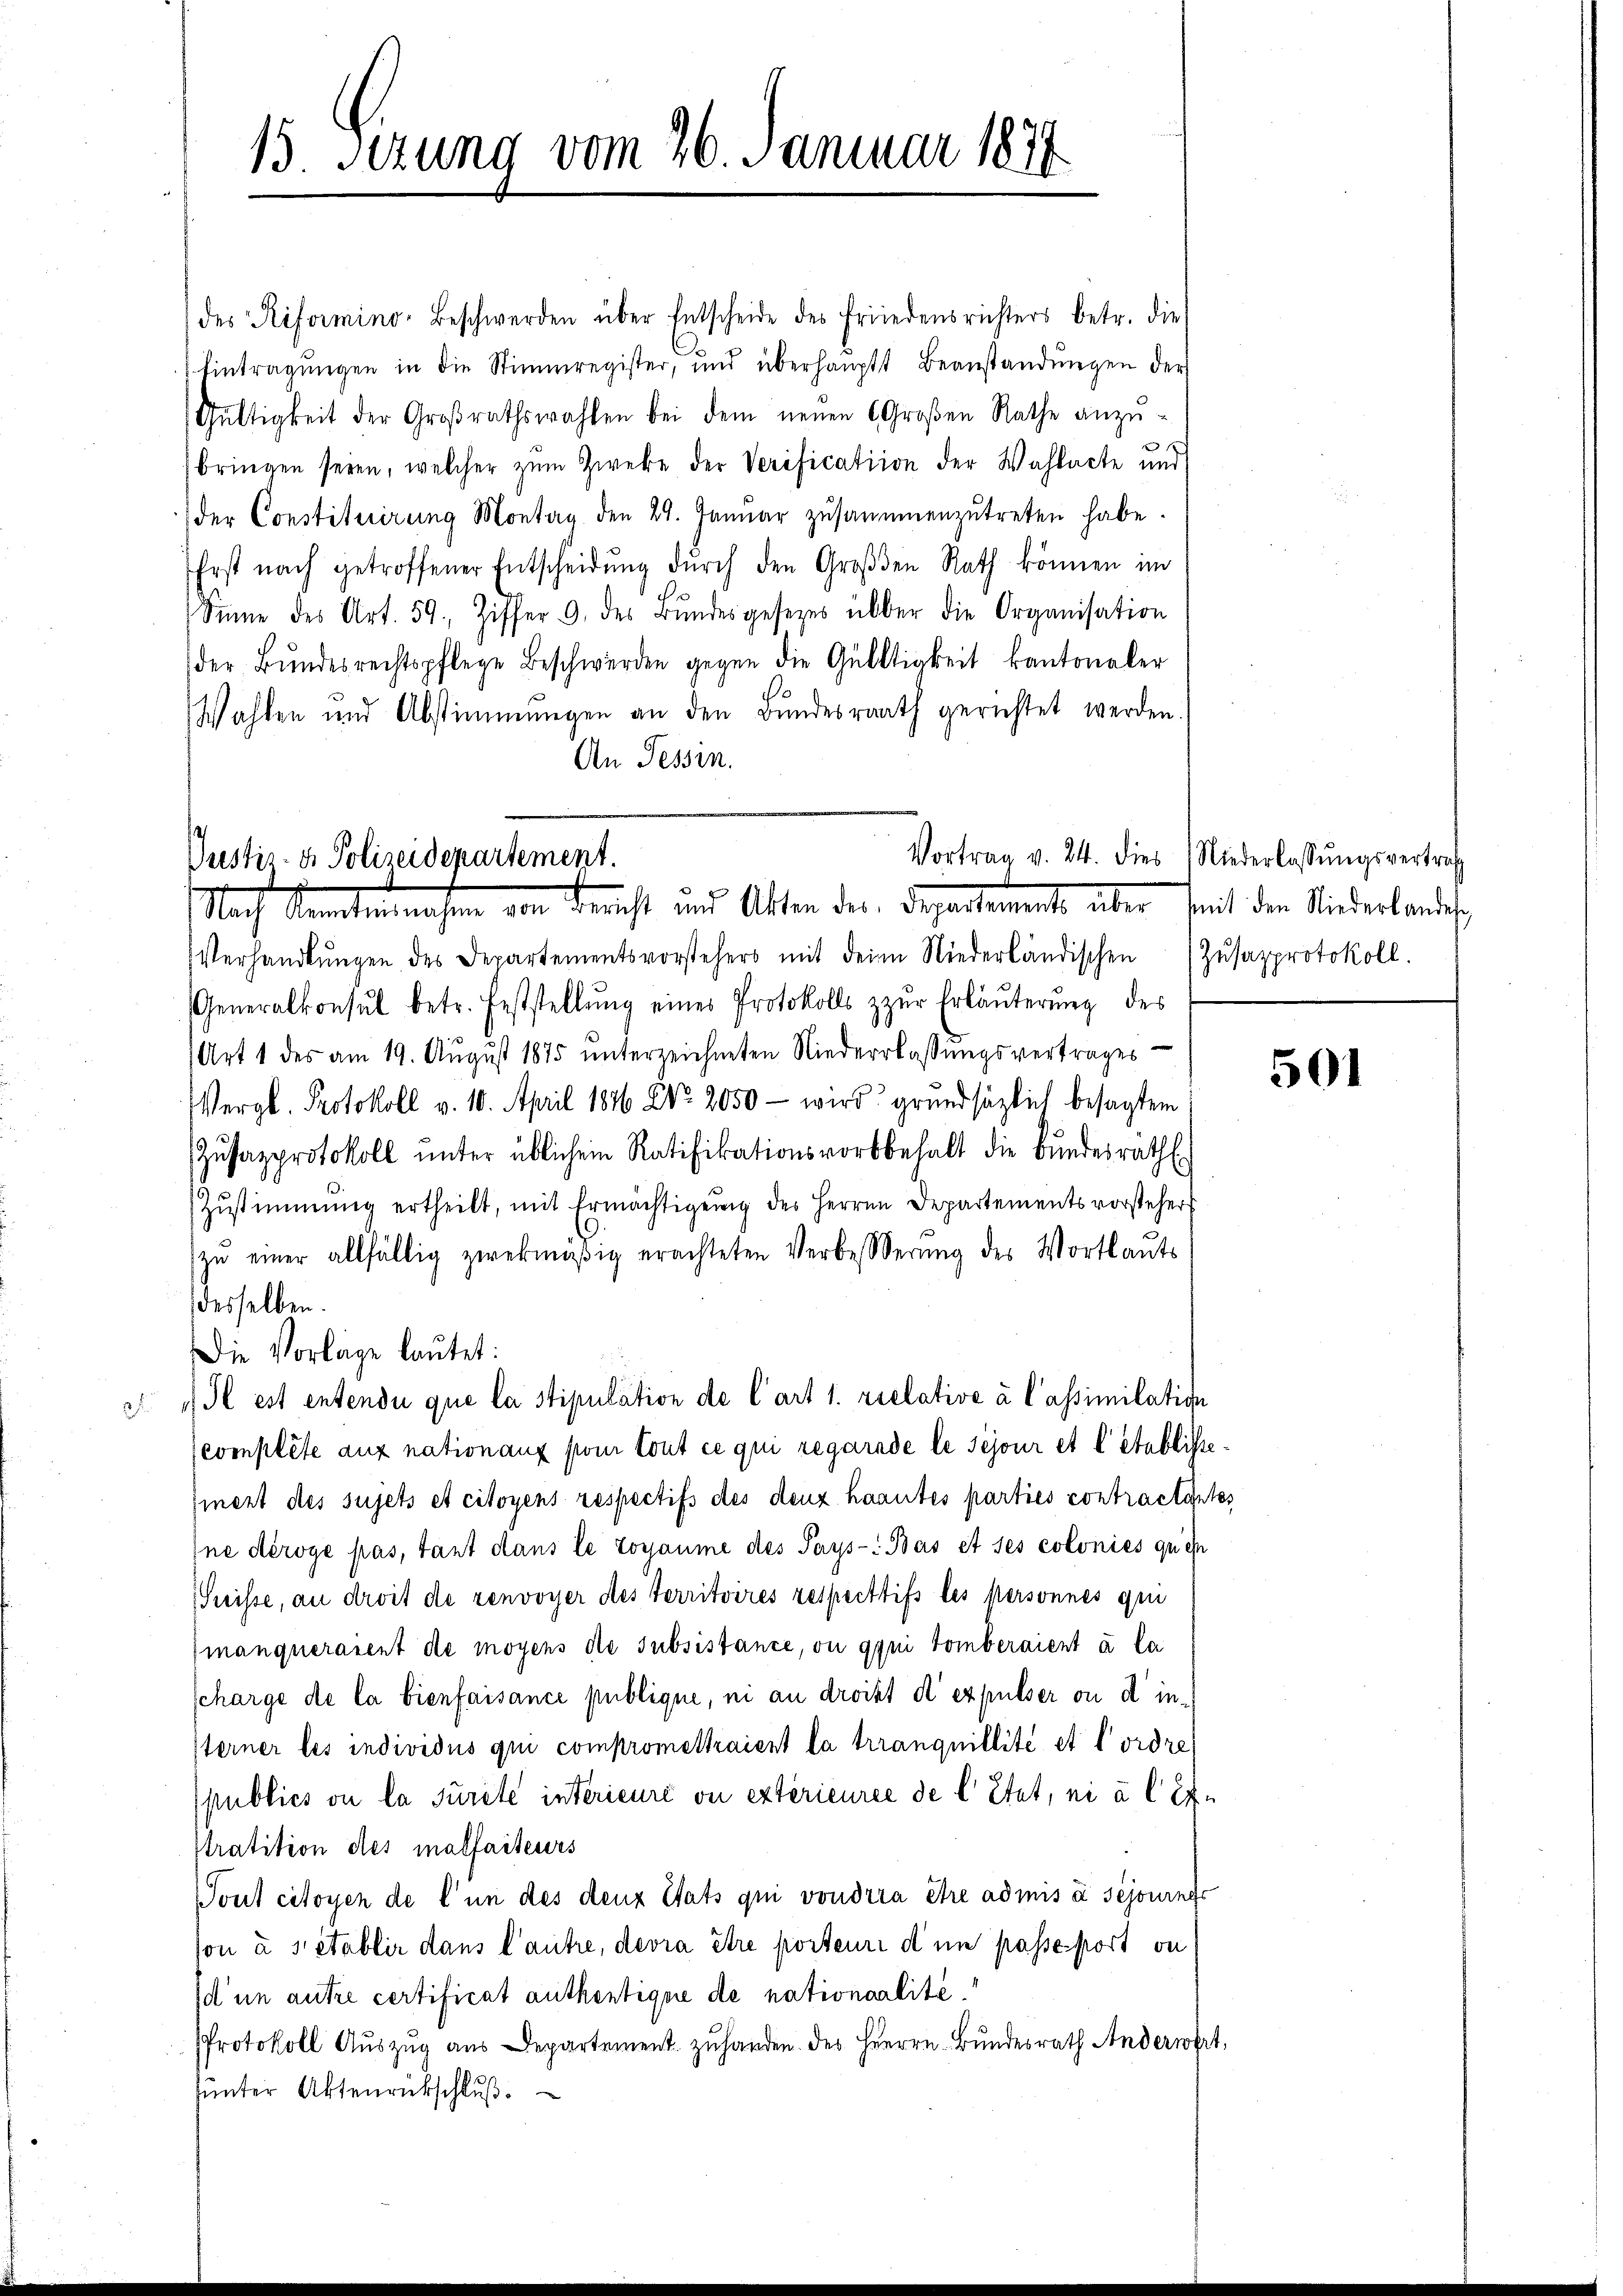
15. Sezung vom 26. Januar 1877

des Riformino-Beschwerden über Entscheide des Friedensrichters betr. die
Eintragŭngen in die Stimmregister, und überhaŭptt beanstandŭngen der
Gültigkeit der Großrathswahlen bei dem neuen 6 Großen Rathe anzŭ-
x
bringen seien, welcher zŭm Zweke der Verification der Wahlacte und
der Constituirung Montag den 24. Janŭar zŭsaṁenzŭtreten habe.
Erst nach getroffener Entscheidŭng dŭrch den Groβden Rath können im
Sinne des Art. 59. Ziffer 9. des Bŭndesgesezes über die Organisation
der Bŭndesrechtspflege Beschwerden gegen die Gültigkeit kantonaler
Wahlen und Abstimmungen an den Bundesrath gerichtet werden
An Tessin.

Justiz- & Polizeidepartement.
Nach Samstennahmen Deucht und Alten der Departement über seit den Niederlandes

Verhandlŭngen des Departementsvorstehers mit dein Niederländischen Zŭsapprotokoll.
Generalkonsul betr. Feststellŭng eines Protokolls zŭr Erläuterung des
Art 1 des am 19. August 1875 unterzeichneten Niederlassŭngsvertrages
Vergl. Protokoll v. 10. April 1886 Xr 2050 - wird grundsätzlich besagtem
Zŭsazprotokoll unter üblichem Ratifikationsvorbehalt die Bundesrath
Zŭstimmung ertheilt, mit Ermächtigŭng des Herren Departementsvorstehers
zŭ einer allfällig zwekmäßig erachteten Verbesserŭng des Wortlauts
desselben.
lcomplete auf nationanz pour tout ce qui regarnde le sejour et l’établisse
mnert des sujets et citoyens respectifs des denz haautes parties contractantes
ine déroge pas, tant dans le togaume des Pays-: Bas et ses colonies que
Preisse, an droit de renvoyer des Territoires respectifs les personnes qu
manqueraient de moyens de subsistance, ou gyni tomberaient à la
scharge de la bienfaisance publique, ni an droit d expulser ou d’in-
Sterner les individus qui compromettraient la trranquillité et l’ordre
publics on la Jurete intérieure ou extérieuree de l’Etat, ni à l. Exstratition des malfaiteurs
Tout citoyen de l’un des denz Stats qui voudrra être admis à sejournfe
son à si etablir dans l’autre, devra être porteure d in passe port an
d un autre certificat authentigere de nationaalité.
Protokoll Aŭszŭg aŭs Departement zŭ handen. des Herrn Bŭndesrath Anderwert,
unter Aktenrückschluß

Die Vorlage lautet:

Il est entendi que la stipulation de Cart 1. relative à Cassimilation

Vortrag v. 24. dies Niederlassŭngsvertrag

501